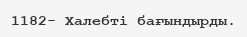
1182- Халебті бағындырды.